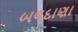
બલદાણા